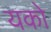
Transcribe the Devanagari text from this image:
यको